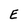
Character: E